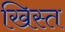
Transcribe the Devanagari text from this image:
खिस्‍त